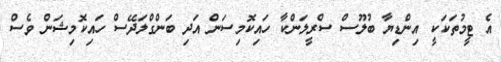
އެ ޓީމުތަކަކީ އިންޑިޔާ ބުލޫސް ސްރީލަންކާ ހައިކޮމިސަން އަދި ބަންގްލަދޭސް ހައިކޮމިޝަން ވެސް